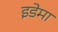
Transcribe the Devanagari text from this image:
इडेमा